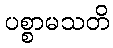
ပစ္စာမသတိ